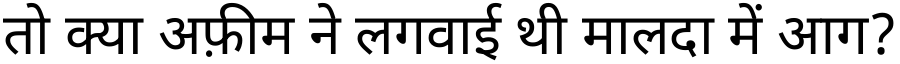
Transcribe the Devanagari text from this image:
तो क्या अफ़ीम ने लगवाई थी मालदा में आग?